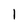
Character: l